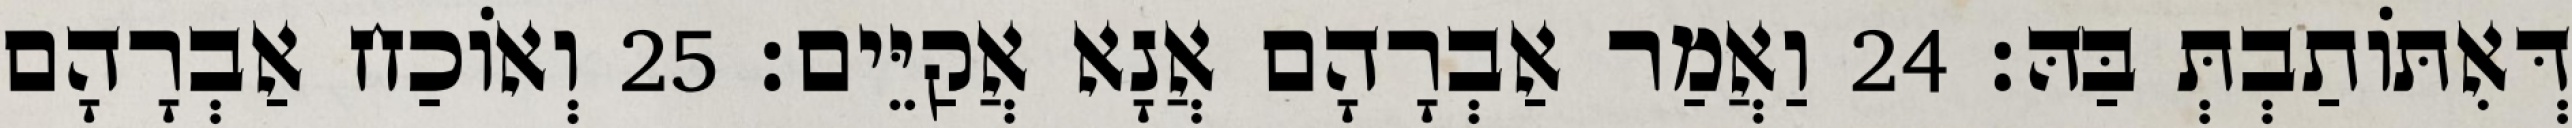
דְּאִתּוֹתַבְתְּ בַּהּ׃ 24 וַאֲמַר אַבְרָהָם אֲנָא אֲקַיֵּים׃ 25 וְאוֹכַח אַבְרָהָם